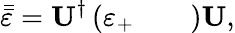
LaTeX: \bar{\bar{\varepsilon}}=\textbf{U}^{\dagger}\left(\begin{array}{lll}{\varepsilon_{+}}&{}&{}\end{array}\right)\textbf{U},